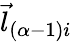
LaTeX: \vec{l}_{(\alpha-1)i}